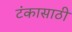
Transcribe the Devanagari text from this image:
टंकासाठी